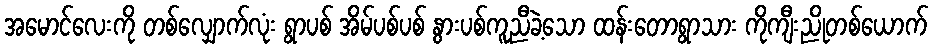
အမောင်လေးကို တစ်လျှောက်လုံး ရွာပစ် အိမ်ပစ်ပစ် နွားပစ်ကူညီခဲ့သော ထန်းတောရွာသား ကိုကျီးညိုတစ်ယောက်